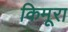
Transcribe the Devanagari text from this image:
किमूरा